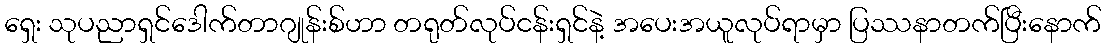
ရှေး သုပညာရှင်ဒေါက်တာဂျုန်းစ်ဟာ တရုတ်လုပ်ငန်းရှင်နဲ့ အပေးအယူလုပ်ရာမှာ ပြဿနာတက်ပြီးနောက်